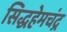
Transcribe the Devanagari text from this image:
सिद्धहेमचंद्र